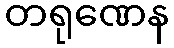
တရုဏေန